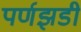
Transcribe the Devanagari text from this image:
पर्णझडी